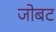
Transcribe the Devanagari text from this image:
जोबट